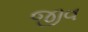
જીવ